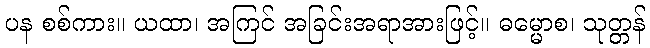
ပန စစ်ကား။ ယထာ၊ အကြင် အခြင်းအရာအားဖြင့်။ ဓမ္မောစ၊ သုတ္တန်